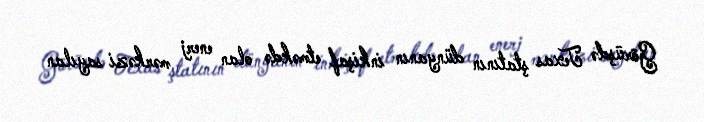
Görüşdə Texas ştatının dünyanın inkişaf etməkdə olan enerj mərkəzi sayılan